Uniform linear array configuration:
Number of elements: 16
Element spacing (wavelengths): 0.75
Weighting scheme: uniform
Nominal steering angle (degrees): -60
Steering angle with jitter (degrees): -58.088
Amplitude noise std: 0.05
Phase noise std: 0.05

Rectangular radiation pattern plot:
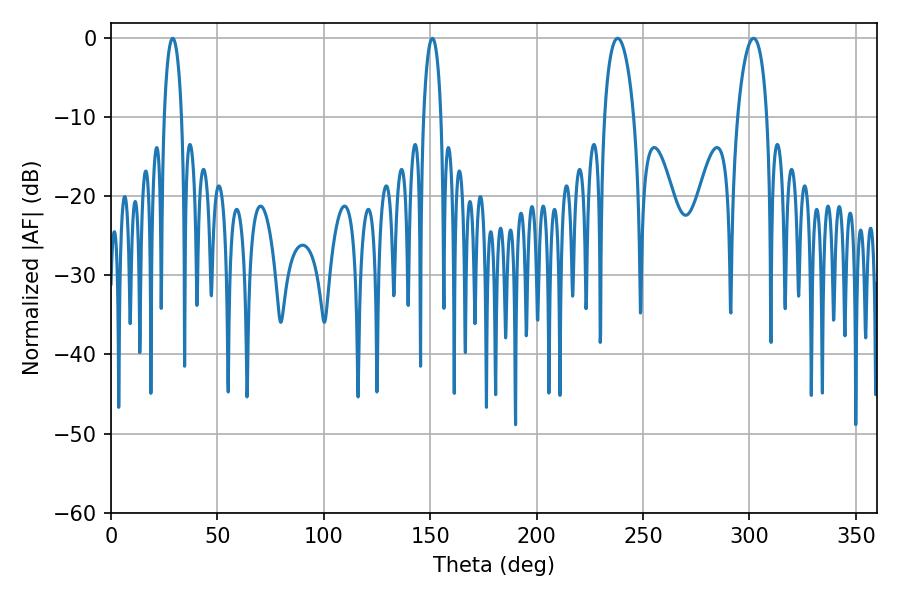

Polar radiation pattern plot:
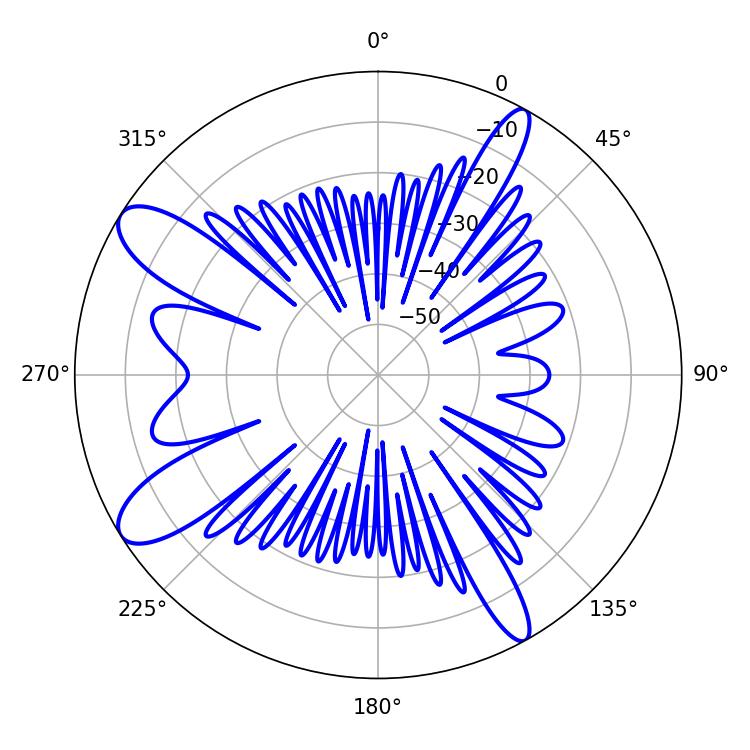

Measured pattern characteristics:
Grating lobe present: TRUE
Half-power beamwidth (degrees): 4.68
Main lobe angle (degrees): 28.98